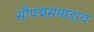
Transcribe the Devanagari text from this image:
सौपद्मसम्प्रदाय